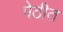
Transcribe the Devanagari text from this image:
पेठीत